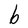
Character: b